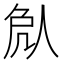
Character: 𠈽